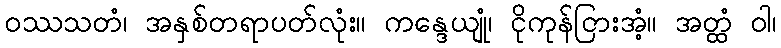
ဝဿသတံ၊ အနှစ်တရာပတ်လုံး။ ကန္ဒေယျုံ၊ ငိုကုန်ငြားအံ့။ အတ္ထံ ဝါ၊